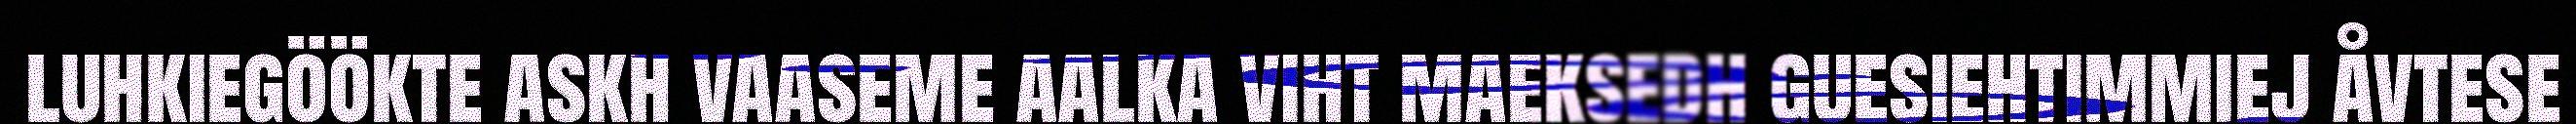
luhkiegöökte askh vaaseme aalka viht maeksedh guesiehtimmiej åvtese